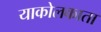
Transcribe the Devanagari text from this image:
याकोलकाता